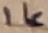
Text: 1K